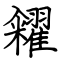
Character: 糴